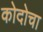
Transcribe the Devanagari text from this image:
कोदोचा